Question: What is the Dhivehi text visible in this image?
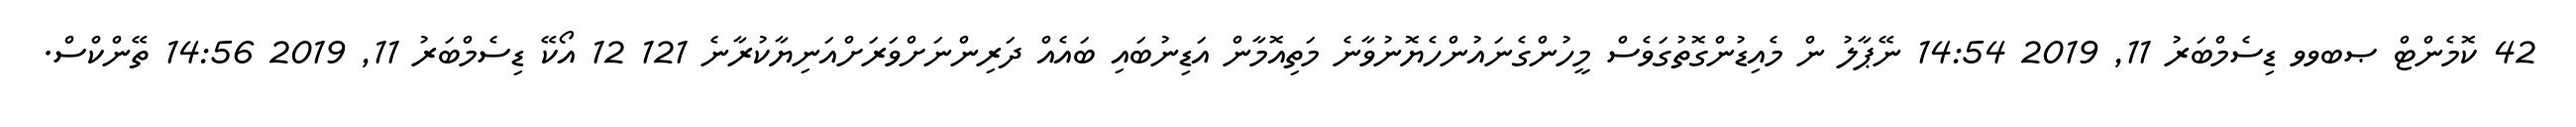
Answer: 42 ކޮމެންޓް ޞބވވ ޑިސެމްބަރު 11, 2019 14:54 ނޭޕާލު ން މެއިޑުންގޮތުގަވެސް މީހުންގެނައުންހެޔޮނުވާނެ މަތިއޮމާން އަޑިނުބައި ބައެއް ދަރިންނަށްވަރަށްއަނިޔާކުރާނެ 121 12 އޯކޭ ޑިސެމްބަރު 11, 2019 14:56 ތޭންކްސް.